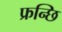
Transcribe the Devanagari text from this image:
फ्रन्छि